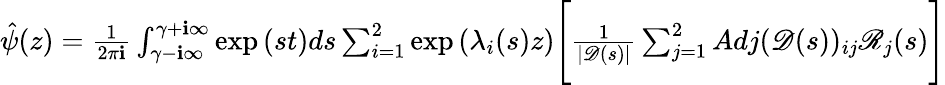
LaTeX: \begin{array}{r}{\hat{\psi}(z)=\frac{1}{2\pi\mathbf{i}}\int_{\gamma-\textbf{i}\infty}^{\gamma+\textbf{i}\infty}\exp{(st)}ds\sum_{i=1}^{2}\exp{(\lambda_{i}(s)z)}\Bigg[\frac{1}{|\mathscr{D}(s)|}\sum_{j=1}^{2}Adj(\mathscr{D}(s))_{ij}\mathscr{R}_{j}(s)\Bigg]}\end{array}